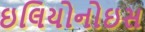
ઇલિયોનોઇસ